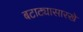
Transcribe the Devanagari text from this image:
बटाट्यासारखे